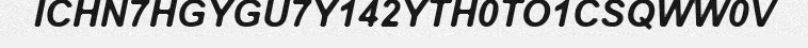
ICHN7HGYGU7Y142YTH0TO1CSQWW0V